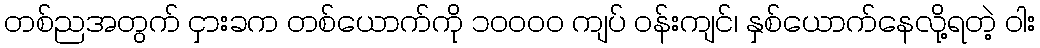
တစ်ညအတွက် ငှားခက တစ်ယောက်ကို ၁၀၀၀၀ ကျပ် ဝန်းကျင်၊ နှစ်ယောက်နေလို့ရတဲ့ ဝါး